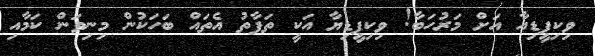
ވިކިޕީޑިއާ އަށް މަރުހަބާ! ވިކިޕީޑިޔާ އަކީ ތަފާތު އެތައް ބަހަކުން މިނިވަން ކަމާއި